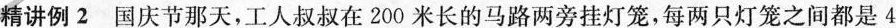
精讲例2 国庆节那天，工人叔叔在200米长的马路两旁挂灯笼，每两只灯笼之间都是4